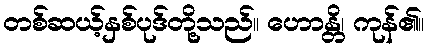
တစ်ဆယ့်နှစ်ပုဒ်တို့သည်။ ဟောန္တိ၊ ကုန်၏။